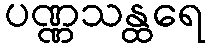
ပဏ္ဏသန္ထရေ